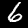
Digit: 6